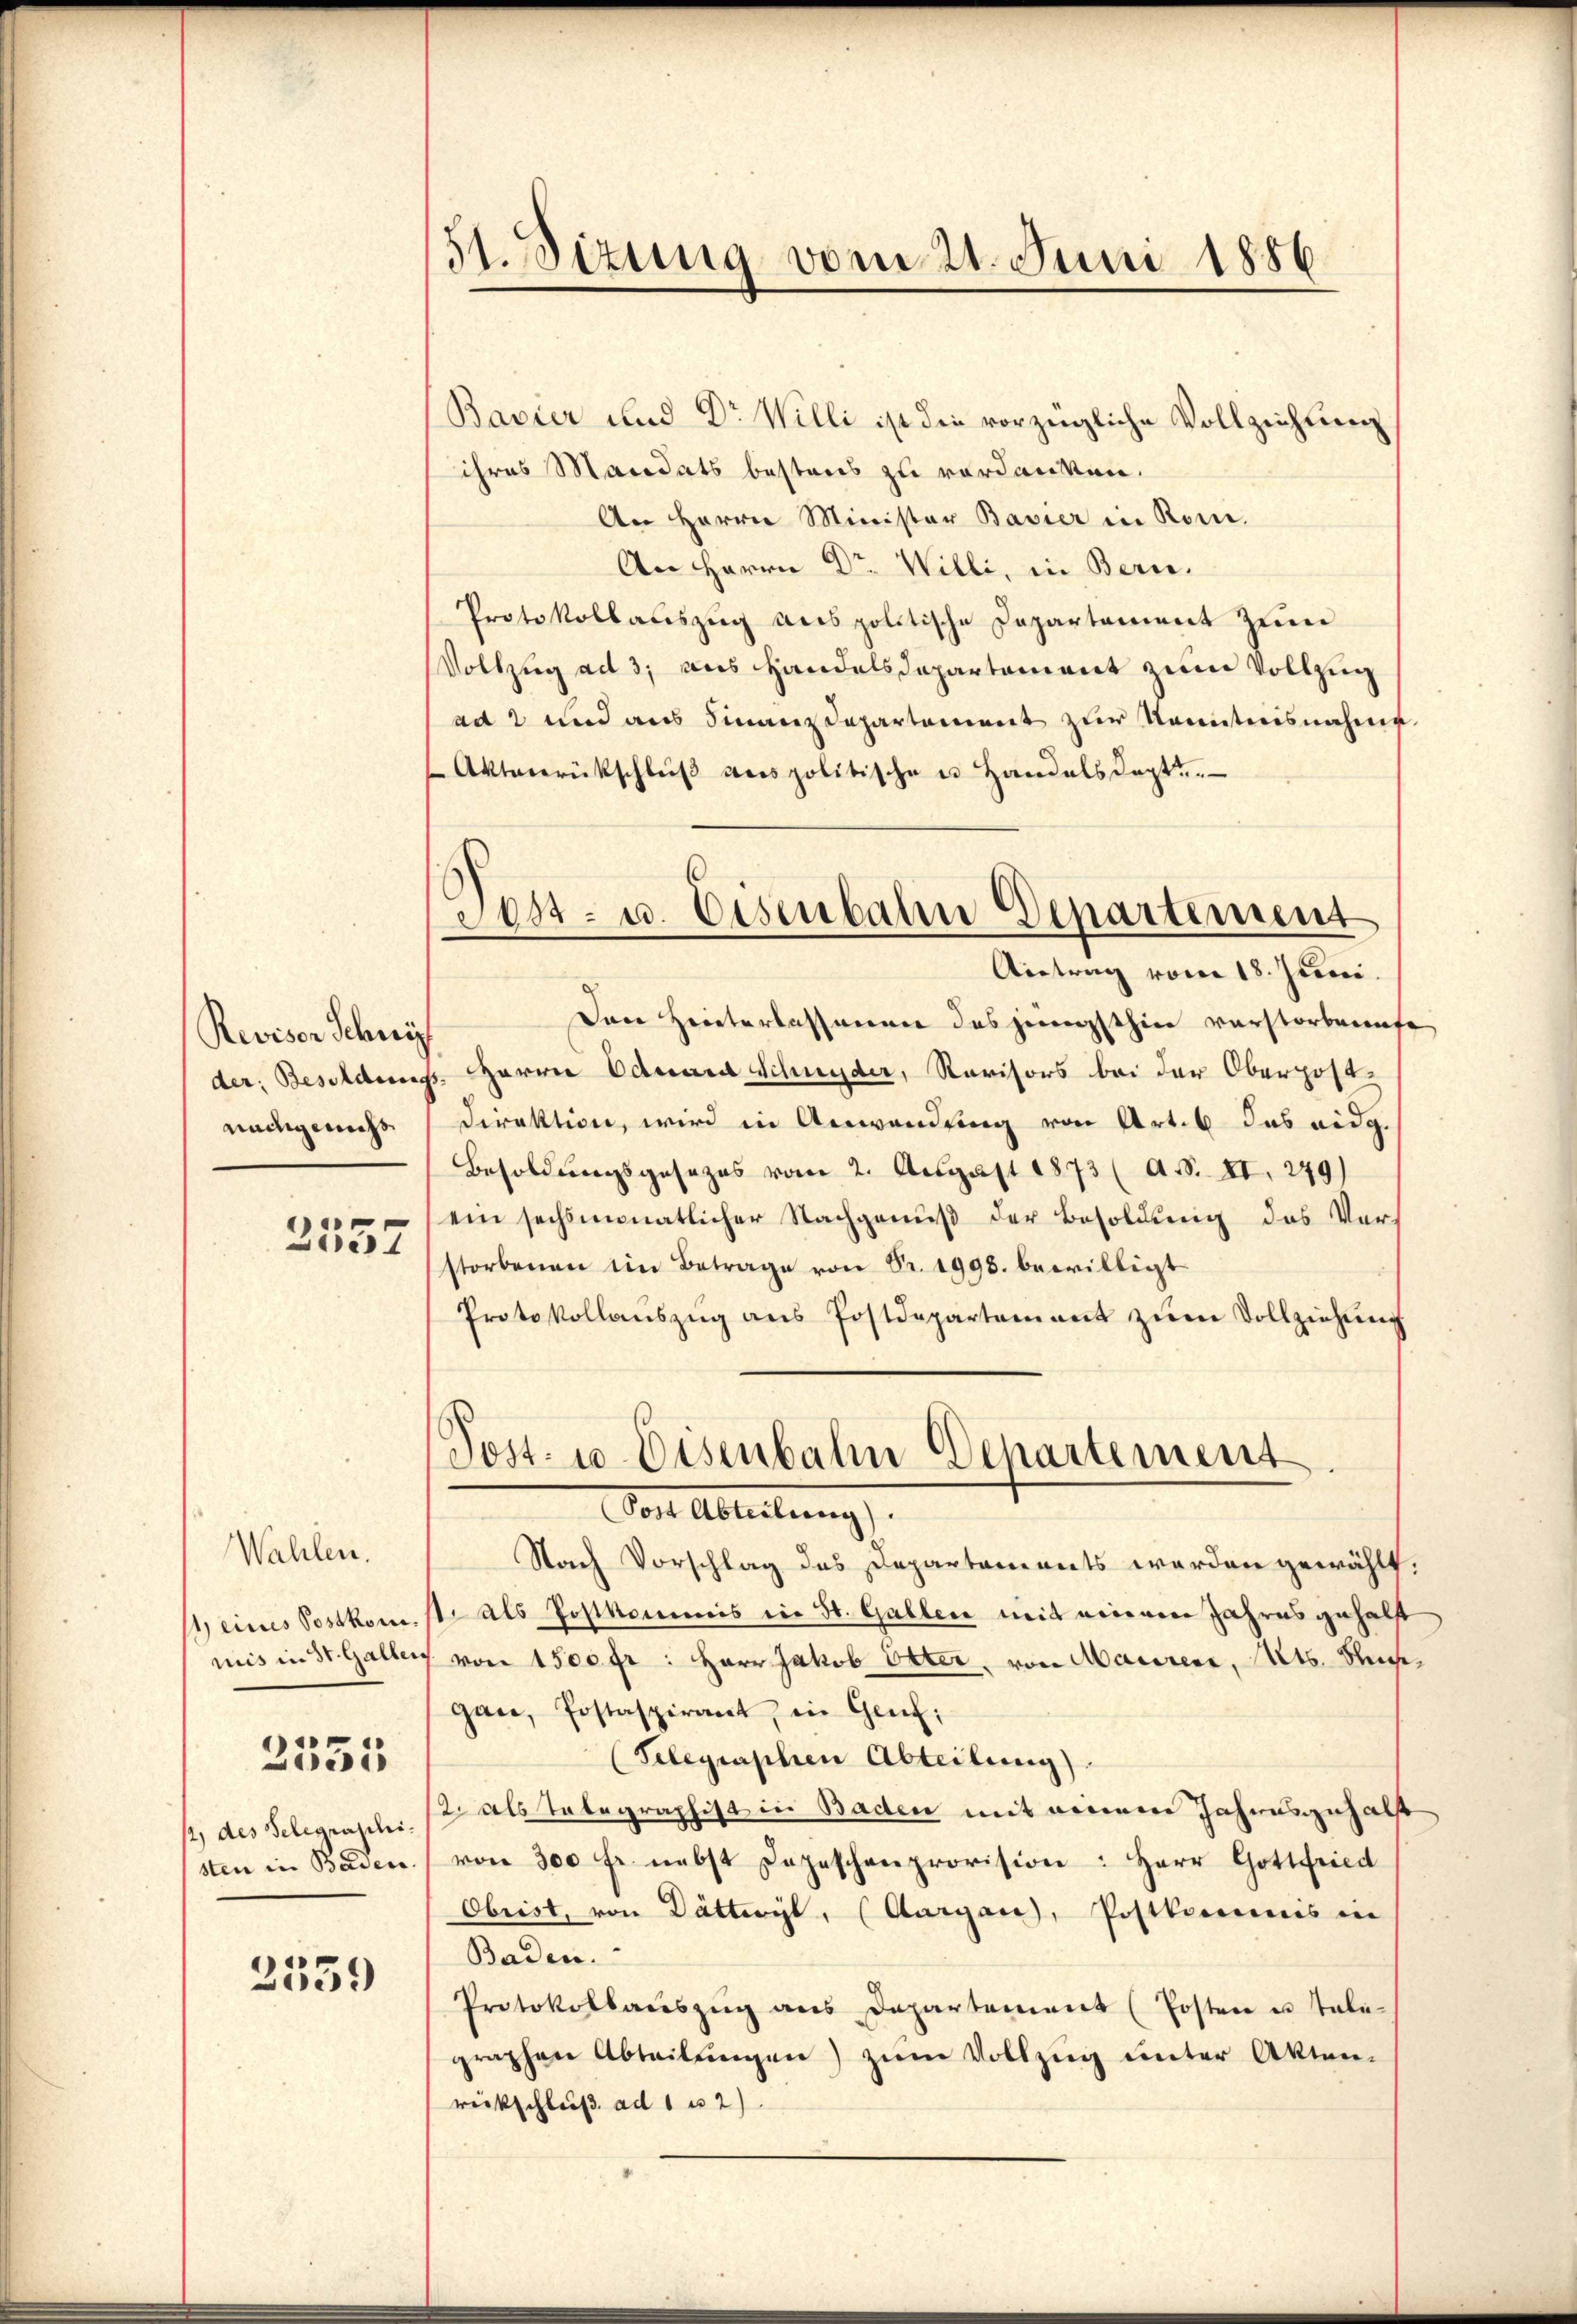
Reviser Schny
nndtgemess

2557

Wahlen.
11, eines Postkom¬
2555
2) des Telegraschi.
sten in Baden.

2559

51. Situng vom 21. Juni 1886.

Sost- u. Eisenbahn Departement

Bavier und Dr Willi ist die vorzügliche Vollziehung
ihres Mandats bestens zu verdanken.
An Herrn Minister Bavier in Rom.
An Herrn Dr. Willi, in Bern.
Protokollauszug aus politische Departement zum
Vollzug ad 3, aus Handelsdepartement zum Vollzug
ad 2 und aus Finanzdepartement zur Kenntnisnahme
Aktarerückschluβ verspolitische u. Handels Capt.
Antrag vom 18. Juni.
Den Hinterlassenen des jüngsthin verstorbenefe
der: Besoldungs- Harrer Eduard Schnyder, Ravisors bei der Oberpost-
Direktion, wird in Anwendung von Art. 6 das eidg.
Besoldungsgesezes vom 2. August 1873 (A.S. II. 249)
ein sechsmonatlicher Nachgenuß der Besoldung des Verstorbenen im Betrage von Sr. 1998. bewilligt
Protokollaŭszŭg ans Postdepartement zŭm Vollziehŭng
Post- u. Eisenbahn Departement

Doch Abteilung
Nach Vorschlag des Departaments werden gewählt:
1. als Postkommis in St. Gallen mit einem Jahres gehalf
mis in St. Gallen von 1500 fr: Herr Jakob Otter, von Maurer. Mts. Richgan, Postaspirant, in Genf;
(Telegraphen Abteilung).
2 als Telegraphist in Baden mit einem Jahresgehalt
von 300 fr. nebst Depeschenprovision: Herr Gottfried
Obrist, von Dätterit, (Aargau, Postkommis in
Baden.
Protokollaŭszŭg ans Departement (Posten u. Tale-
graphen Abteilŭngen) zum Vollzug unter Akten-
rückschluß ad 1 u 2)